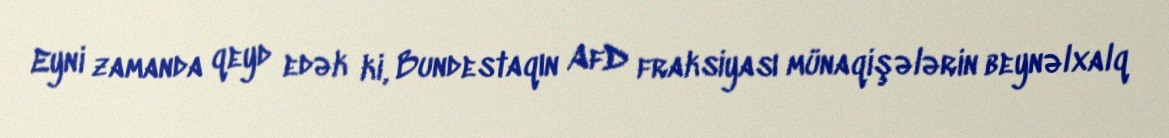
Eyni zamanda qeyd edək ki, Bundestaqın AfD fraksiyası münaqişələrin beynəlxalq